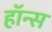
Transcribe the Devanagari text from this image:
हॉन्स